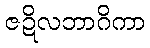
ဇဍိလဘာဂိကာ